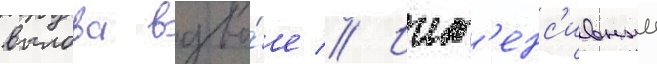
вылова вдво́е // Инт'енс'ивныи